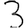
Digit: 3